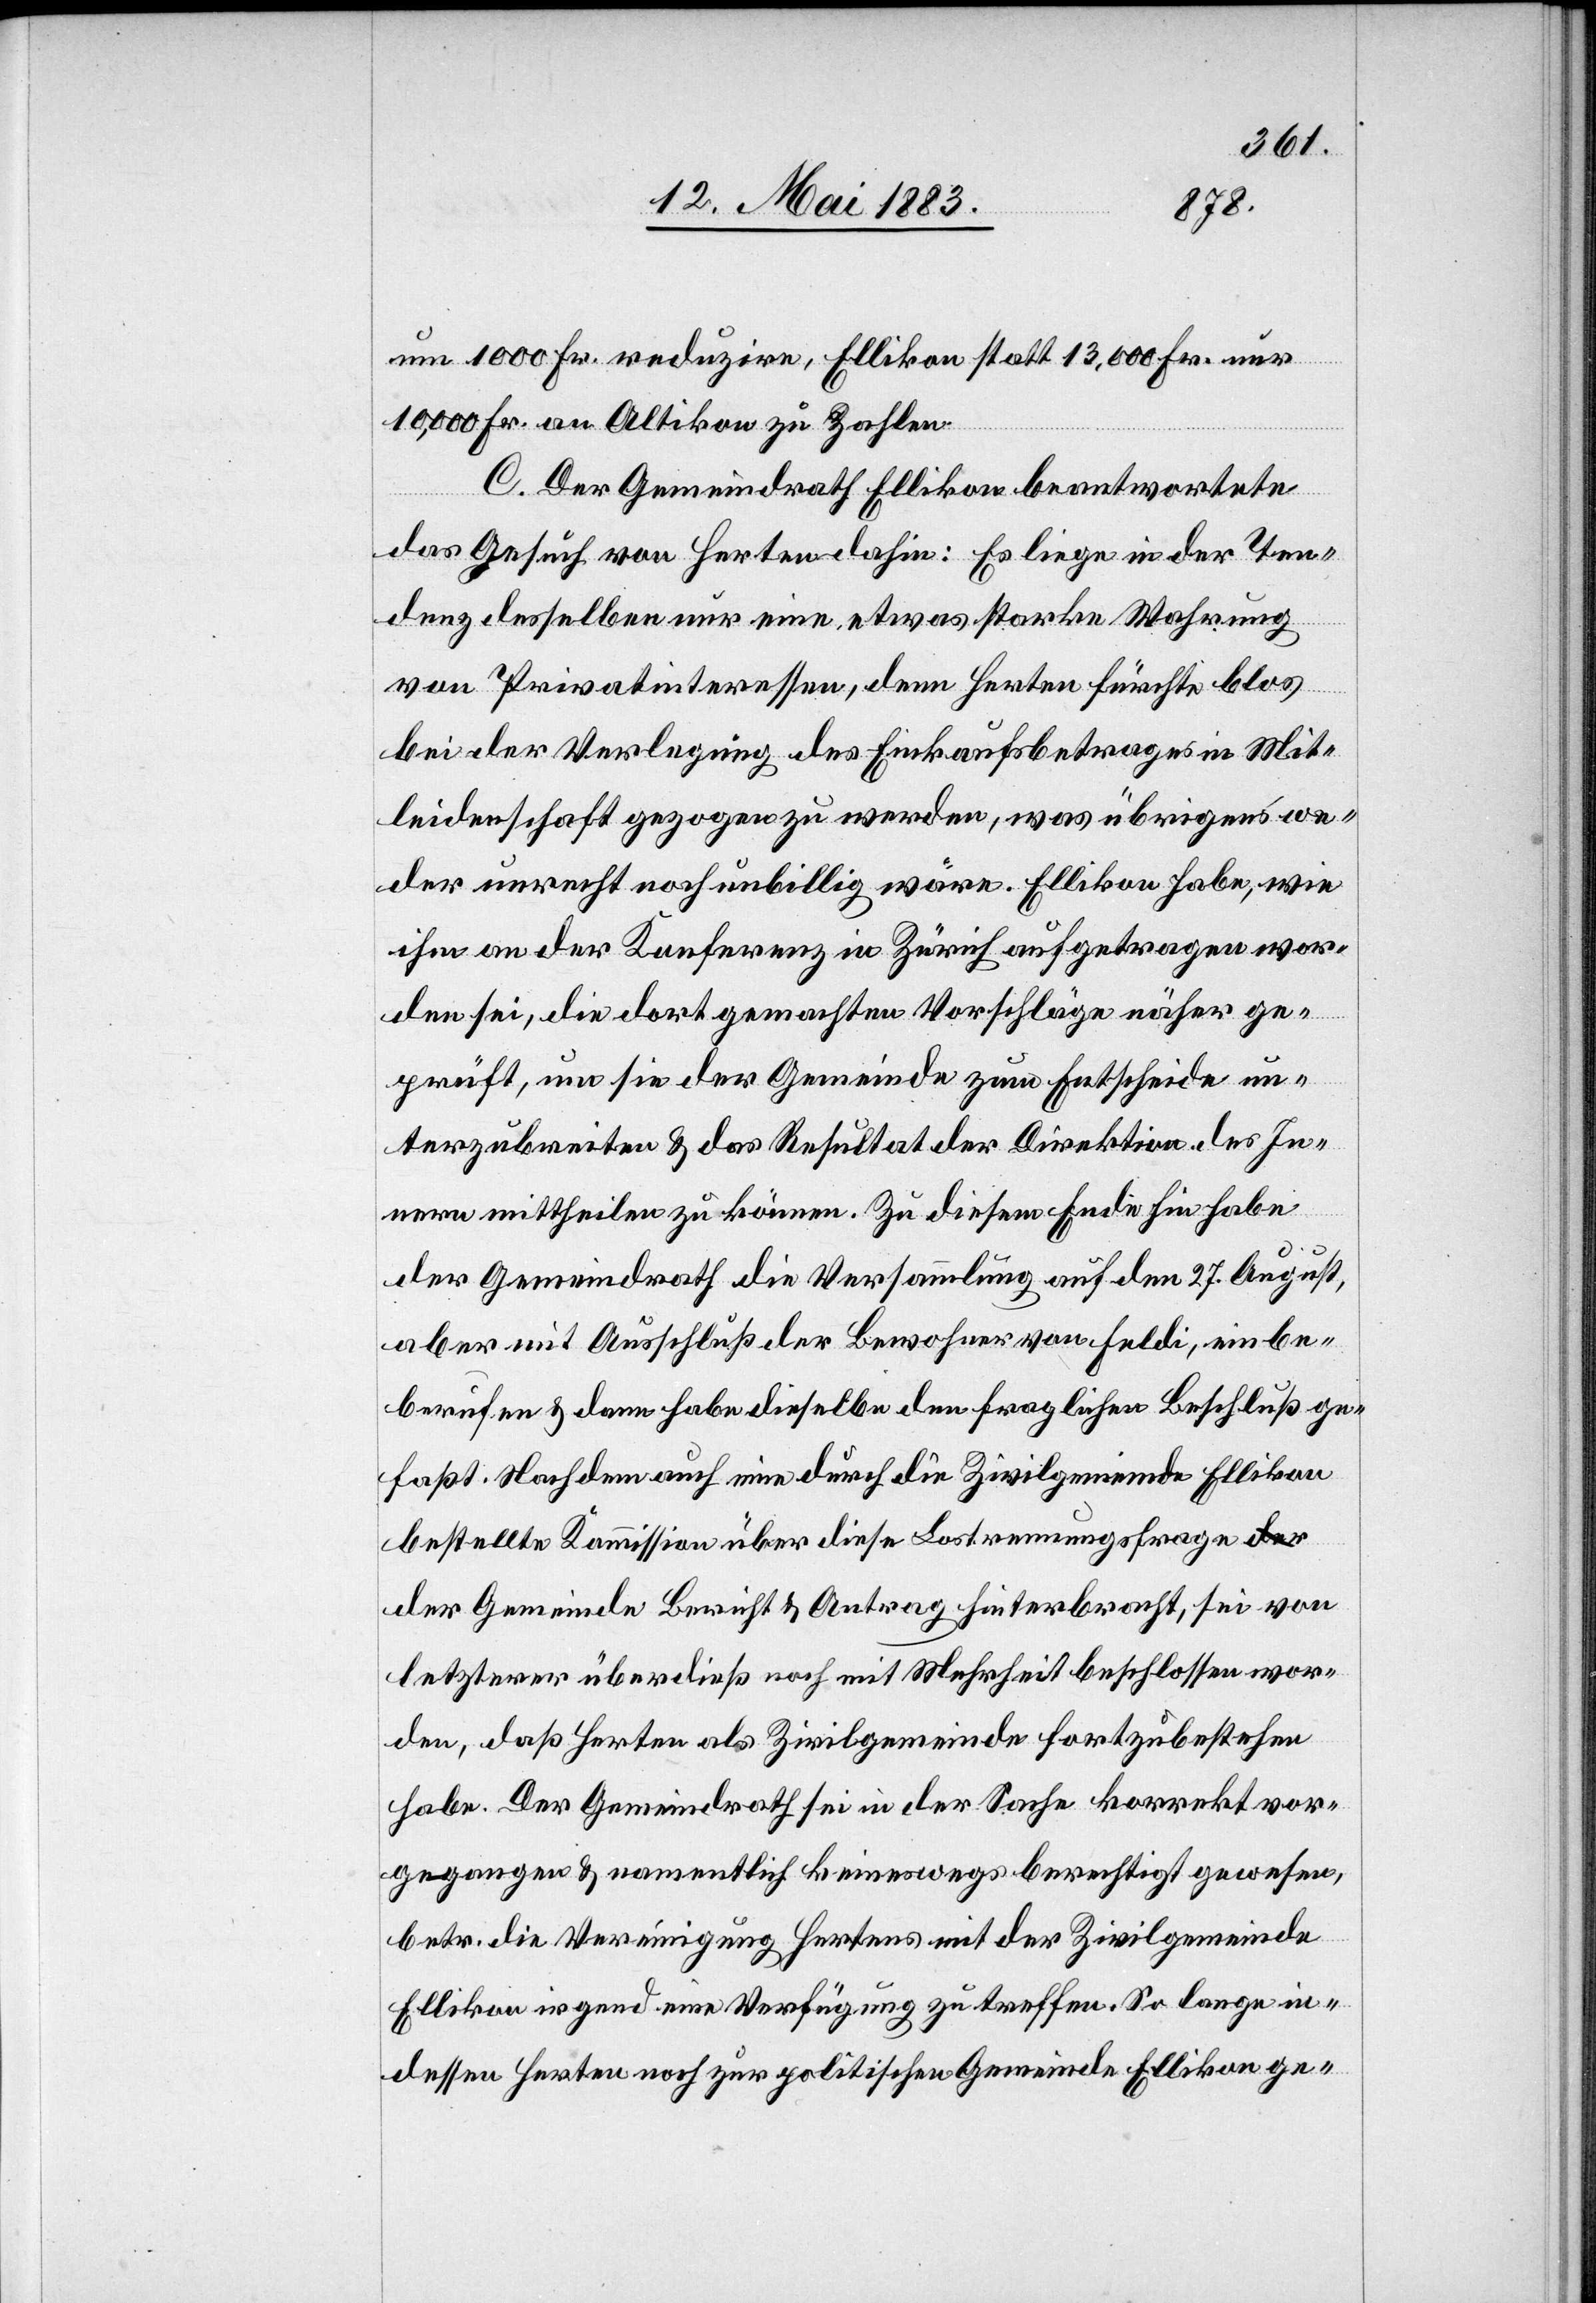
um 1000 Fr. reduzire, Ellikon statt 13,000 Fr. nur
10,000 Fr. an Altikon zu zahlen.
C. Der Gemeindrath Ellikon beantwortete
das Gesuch von Herten dahin: Es liege in der Ten¬
denz desselben nur eine etwas starke Wahrung
von Privatinteressen, denn Herten fürchte blos
bei der Verlegung des Einkaufsbetrages in Mit¬
leidenschaft gezogen zu werden, was übrigens we¬
der unrecht noch unbillig wäre. Ellikon habe, wie
ihm an der Konferenz in Zürich aufgetragen wor¬
den sei, die dort gemachten Vorschläge näher ge¬
prüft, um sie der Gemeinde zum Entscheide un¬
terzubreiten & das Resultat der Direktion des In¬
nern mittheilen zu können. Zu diesem Ende hin habe
der Gemeindrath die Versammlung auf den 27. August,
aber mit Ausschluß der Bewohner von Feldi, einbe¬
rufen & dann habe dieselbe den fraglichen Beschluß ge¬
faßt. Nachdem auch eine durch die Zivilgemeinde Ellikon
bestellte Kommission über diese Lostrennungsfrage d¬
er Gemeinde Bericht & Antrag hinterbracht, sei von
letzterer überdieß noch mit Mehrheit beschlossen wor¬
den, daß Herten als Zivilgemeinde fortzubestehen
habe. Der Gemeindrath sei in der Sache korrekt vor¬
gegangen & namentlich keineswegs berechtigt gewesen,
betr. die Vereinigung Hertens mit der Zivilgemeinde
Ellikon irgend eine Verfügung zu treffen. So lange in¬
dessen Herten noch zur politischen Gemeinde Ellikon ge-